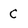
Character: C